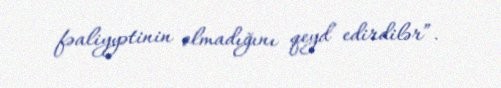
fəaliyyətinin olmadığını qeyd edirdilər”.